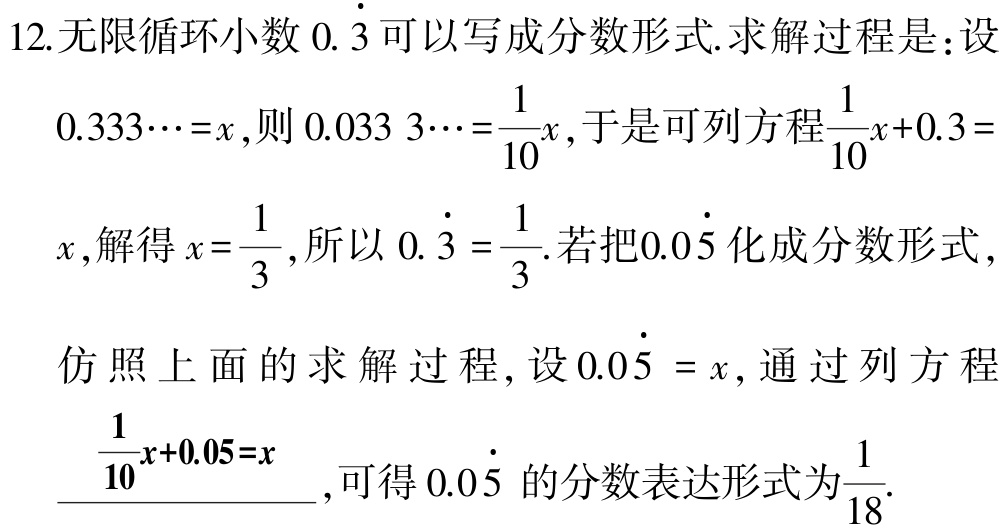
12.无限循环小数\(0.\dot{3}\)可以写成分数形式.求解过程是：设\(0.333\cdots =x\)，则\(0.033\ 3\cdots=\dfrac{1}{10}x\)，于是可列方程\(\dfrac{1}{10}x + 0.3 = x\)，解得\(x=\dfrac{1}{3}\)，所以\(0.\dot{3}=\dfrac{1}{3}\).若把\(0.0\dot{5}\)化成分数形式，仿照上面的求解过程，设\(0.0\dot{5}=x\)，通过列方程\(\dfrac{1}{10}x + 0.05 = x\)，可得\(0.0\dot{5}\)的分数表达形式为\(\dfrac{1}{18}\).